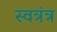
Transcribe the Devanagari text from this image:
स्वत्रंत्र